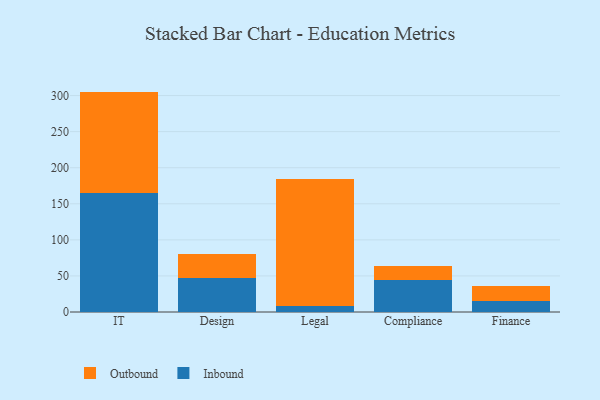
{"axis": {"x": "Department", "y": "Humidity (%)"}, "legend": ["Inbound", "Outbound"], "data": [{"x": "IT", "y": 165.5, "type": "Inbound"}, {"x": "IT", "y": 140.0, "type": "Outbound"}, {"x": "Design", "y": 46.6, "type": "Inbound"}, {"x": "Design", "y": 33.4, "type": "Outbound"}, {"x": "Legal", "y": 8.5, "type": "Inbound"}, {"x": "Legal", "y": 175.2, "type": "Outbound"}, {"x": "Compliance", "y": 44.8, "type": "Inbound"}, {"x": "Compliance", "y": 19.0, "type": "Outbound"}, {"x": "Finance", "y": 15.8, "type": "Inbound"}, {"x": "Finance", "y": 20.7, "type": "Outbound"}]}